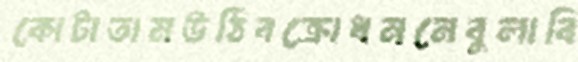
কোটাতামউঠিবক্রোধননেবুলাবি